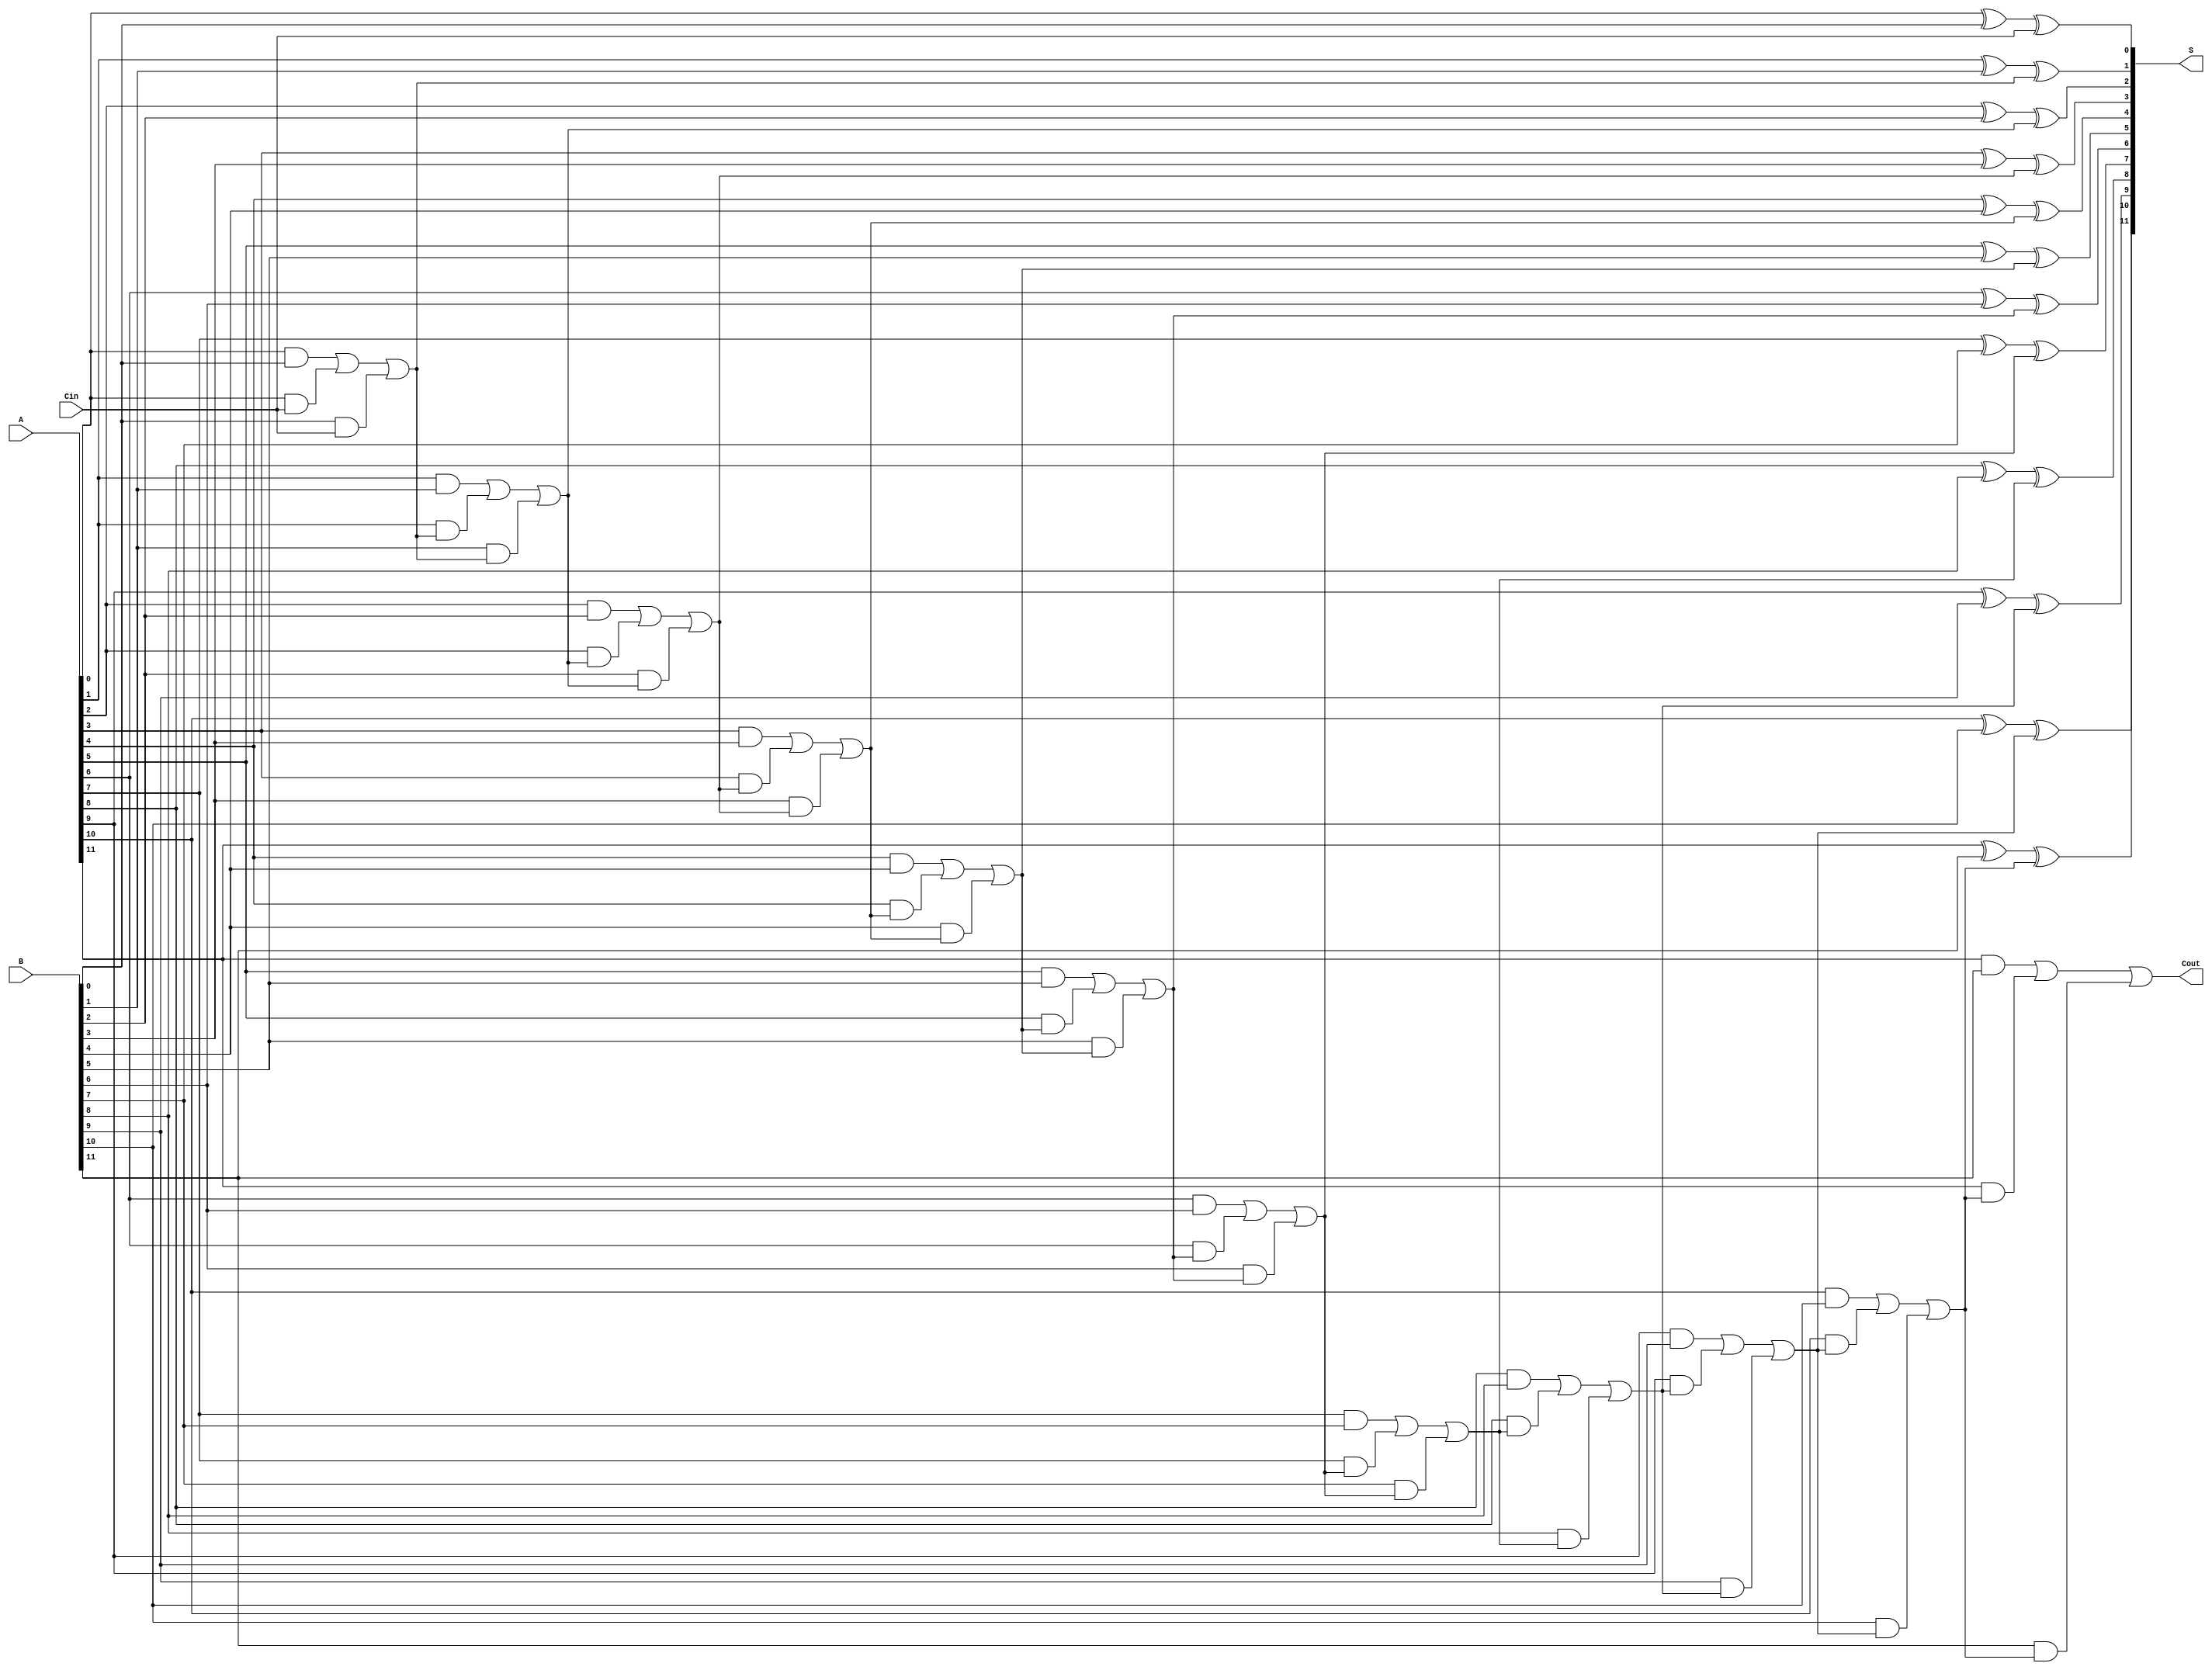
`timescale 1ns / 1ps
module adder12bits(A, B, S, Cin, Cout);

input [11:0] A; 
input [11:0] B;
input Cin;
output Cout;
output [11:0] S;
wire [10:0] C;


assign S[0] = A[0] ^ B[0] ^ Cin ;
assign C[0] = A[0] & B[0] | A[0] & Cin | B[0] & Cin;

assign S[1] = A[1] ^ B[1] ^ C[0];
assign C[1] = A[1] & B[1] | A[1] & C[0] | B[1] & C[0];

assign S[2] = A[2] ^ B[2] ^ C[1] ;
assign C[2] = A[2] & B[2] | A[2] & C[1] | B[2] & C[1];

assign S[3] = A[3] ^ B[3] ^ C[2] ;
assign C[3] = A[3] & B[3]| A[3] & C[2] | B[3] & C[2];

assign S[4] = A[4] ^ B[4] ^ C[3] ;
assign C[4] = A[4] & B[4]| A[4] & C[3] | B[4] & C[3];

assign S[5] = A[5] ^ B[5] ^ C[4];
assign C[5] = A[5] & B[5]| A[5] & C[4] | B[5] & C[4];

assign S[6] = A[6] ^ B[6] ^ C[5];
assign C[6] = A[6] & B[6]| A[6] & C[5] | B[6] & C[5];

assign S[7] = A[7] ^ B[7] ^ C[6];
assign C[7] = A[7] & B[7]| A[7] & C[6] | B[7] & C[6];

assign S[8] = A[8] ^ B[8] ^ C[7] ;
assign C[8] = A[8] & B[8]| A[8] & C[7] | B[8] & C[7];

assign S[9] = A[9] ^ B[9] ^ C[8] ;
assign C[9] = A[9] & B[9]| A[9] & C[8] | B[9] & C[8];

assign S[10] = A[10] ^ B[10] ^  C[9] ;
assign C[10] = A[10] & B[10] | A[10] & C[9] | B[10] & C[9];

assign S[11] = A[11] ^ B[11] ^ C[10] ;
assign Cout = A[11] & B[11]| A[11] & C[10] | B[11] & C[10];


endmodule